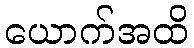
ယောက်အထိ